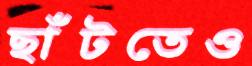
ছাঁটতেও